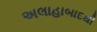
અલાહાબાદથી